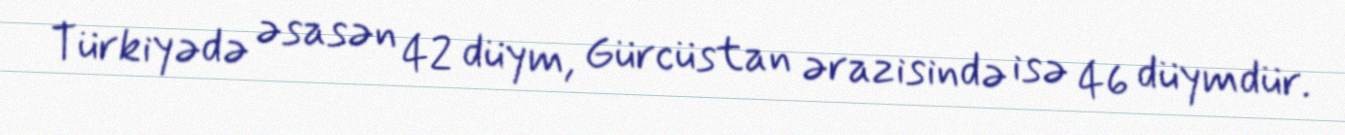
Türkiyədə əsasən 42 düym, Gürcüstan ərazisində isə 46 düymdür.